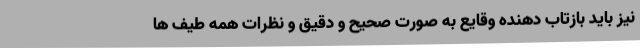
نیز باید بازتاب دهنده وقایع به صورت صحیح و دقیق و نظرات همه طیف ها